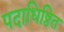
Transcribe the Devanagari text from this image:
पदाधिष्ठित